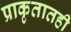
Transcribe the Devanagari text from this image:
प्राकृतातही